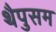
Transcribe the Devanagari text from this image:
थैपुसम